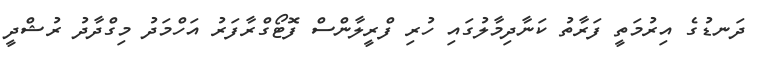
ދަނޑުގެ އިރުމަތީ ފަރާތު ކަނާދިމާލުގައި ހުރި ފްރީލާންސް ފޮޓޯގްރާފަރު އަހްމަދު މިިގްދާދު ރުޝްދީ